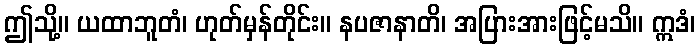
ဤသို့။ ယထာဘူတံ၊ ဟုတ်မှန်တိုင်း။ နပဇာနာတိ၊ အပြားအားဖြင့်မသိ။ ဣဒံ၊